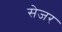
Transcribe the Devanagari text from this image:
सेजर